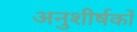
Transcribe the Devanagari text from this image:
अनुशीर्षकों